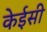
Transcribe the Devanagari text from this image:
केईसी